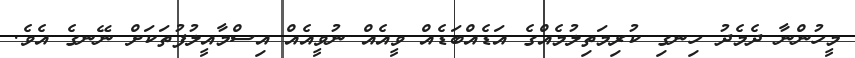
މީހުންނާ ދެމެދު ހިނގި ކުރިމަތިލުމެއްގެ އަޑެއްބަޑެއް ވީއެއް ނުވީއެއް އިސްމާއީލުފުތަކަށް ނޭނގެ އެވެ.